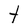
Character: t